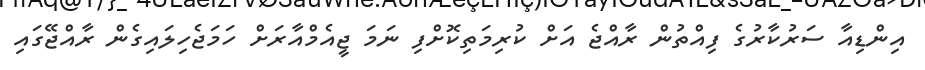
އިންޑިއާ ސަރުކާރުގެ ފިއްތުން ރާއްޖެ އަށް ކުރިމަތިކޮށްފި ނަމަ ޖީއެމްއާރަށް ހަމަޖެހިލައިގެން ރާއްޖޭގައި